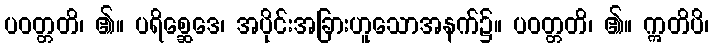
ပဝတ္တတိ၊ ၏။ ပရိစ္ဆေဒေ၊ အပိုင်းအခြားဟူသောအနက်၌။ ပဝတ္တတိ၊ ၏။ ဣတိပိ၊